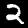
Digit: 2